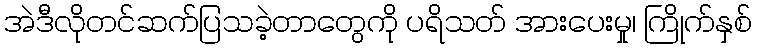
အဲဒီလိုတင်ဆက်ပြသခဲ့တာတွေကို ပရိသတ် အားပေးမှု၊ ကြိုက်နှစ်